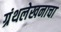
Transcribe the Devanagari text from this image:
ग्रंथलेखनाचा